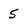
Character: 5